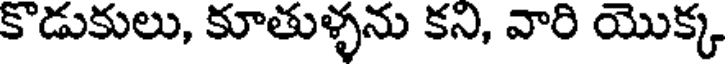
కొడుకులు, కూతుళ్ళను కని, వారి యొక్క